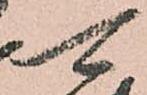
可